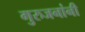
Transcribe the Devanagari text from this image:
गुरुजनांनी